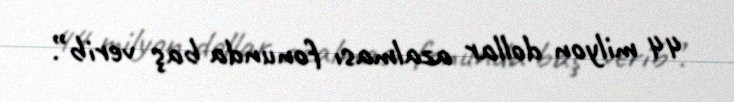
44 milyon dollar azalması fonunda baş verib”.